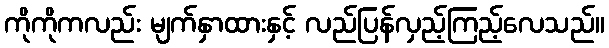
ကိုကိုကလည်း မျက်နှာထားနှင့် လည်ပြန်လှည့်ကြည့်လေသည်။